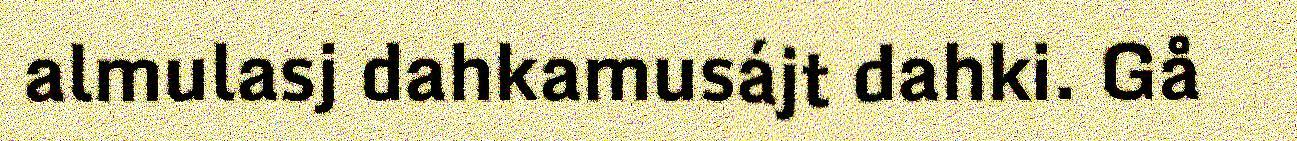
almulasj dahkamusájt dahki. Gå